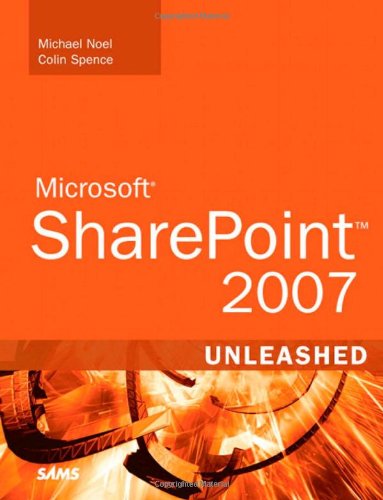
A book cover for Microsoft SharePoint 2007 Unleashed; Michael Noel; Computers & Technology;